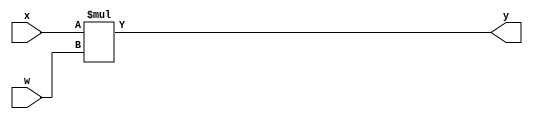
`timescale 1ns/1ps
module mul 
#(parameter WI = 8, 
parameter WO = 2*WI)(
input [WI-1:0] w,
input [WI-1:0] x,
output[WO-1:0] y
);

assign y = $signed(x) * $signed(w);
endmodule